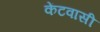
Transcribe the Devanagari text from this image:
केंटवासी